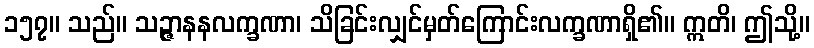
၁၅၇။ သည်။ သဉ္ဇာနနလက္ခဏာ၊ သိခြင်းလျှင်မှတ်ကြောင်းလက္ခဏာရှိ၏။ ဣတိ၊ ဤသို့။